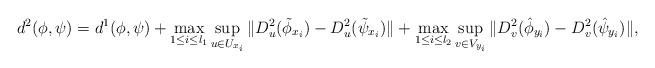
LaTeX: \begin{align*} d^{2}(\phi, \psi)=d^{1}(\phi, \psi) +\max_{1\leq i\leq l_{1}}\sup_{u\in U_{x_{i}}}\Vert D_{u}^{2}(\tilde{\phi}_{x_{i}}) - D_{u}^{2}(\tilde{\psi}_{x_{i}})\Vert+\max_{1\leq i\leq l_{2}}\sup_{v\in V_{y_{i}}}\Vert D_{v}^{2}(\hat{\phi}_{y_{i}}) - D_{v}^{2}(\hat{\psi}_{y_{i}})\Vert,\end{align*}